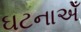
ઘટનાએઁ